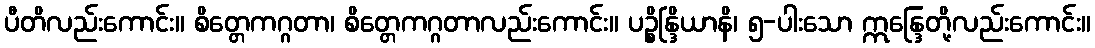
ပီတိလည်းကောင်း။ စိတ္တေကဂ္ဂတာ၊ စိတ္တေကဂ္ဂတာလည်းကောင်း။ ပဉ္စိန္ဒြိယာနိ၊ ၅-ပါးသော ဣန္ဒြေတို့လည်းကောင်း။